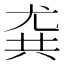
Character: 𡯯